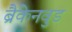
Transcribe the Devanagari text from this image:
ब्रैकेनवुड